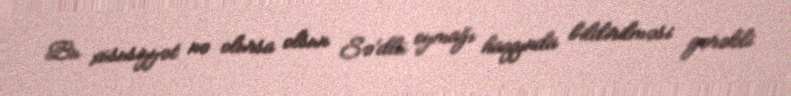
Bu xüsusiyyət nə olursa olsun Sə’dlü oymağı haqqında bildirilməsi gərəkli